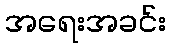
အရေးအခင်း